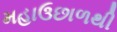
મહાઉછાળથી